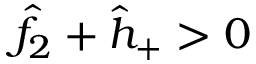
\hat { f } _ { 2 } + \hat { h } _ { + } > 0